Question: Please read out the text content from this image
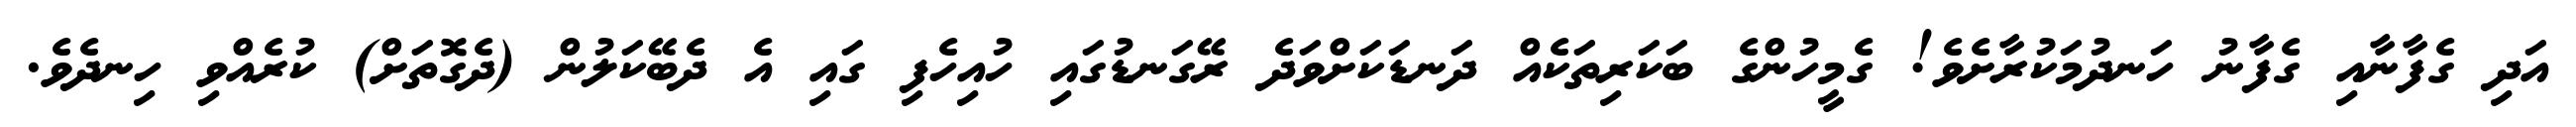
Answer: އަދި ގެފާނާއި ގެފާނު ހަނދުމަކުރާށެވެ! ގެމީހުންގެ ބަކަރިތަކެއް ދަނޑަކަށްވަދެ ރޭގަނޑުގައި ހުއިހެފި ގައި އެ ދެބޭކަލުން (ދެގޮތަށް) ކުރެއްވި ހިނދެވެ.